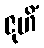
ဇုဟိံ